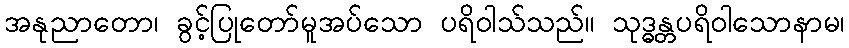
အနုညာတော၊ ခွင့်ပြုတော်မူအပ်သော ပရိဝါသ်သည်။ သုဒ္ဓန္တပရိဝါသောနာမ၊